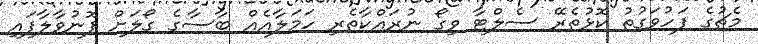
މެޗުގެ ފަހުވަގުތު ކޮޅުތެރޭ ސެލްޓާ ވިގޯ ނުރައްކާތެރި ހަމަލާއެއް ބާސާގެ ގޯލަށް ފޮނުވާލާފައި